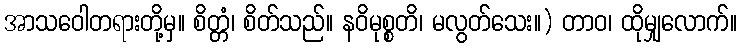
အာသဝေါတရားတို့မှ။ စိတ္တံ၊ စိတ်သည်။ နဝိမုစ္စတိ၊ မလွတ်သေး။) တာဝ၊ ထိုမျှလောက်။